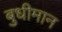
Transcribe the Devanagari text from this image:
बुधीमान